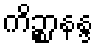
ကိဉ္စာနန္ဒ